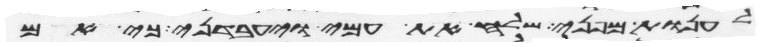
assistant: לענות מפני שלח את עמי ויעבדני כי אם